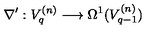
\nabla ^ { \prime } : V _ { q } ^ { ( n ) } \longrightarrow \Omega ^ { 1 } ( V _ { q - 1 } ^ { ( n ) } )